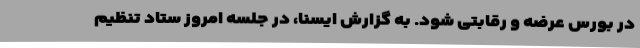
در بورس عرضه و رقابتی شود. به گزارش ایسنا، در جلسه امروز ستاد تنظیم